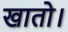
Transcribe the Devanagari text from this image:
खातो।